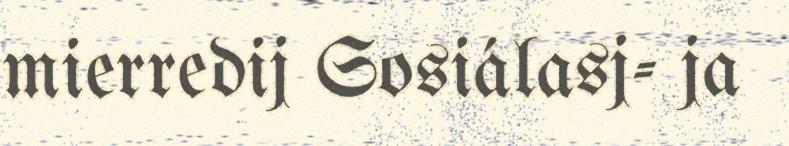
mierredij Sosiálasj- ja